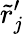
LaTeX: \tilde{r}_{j}^{\prime}